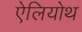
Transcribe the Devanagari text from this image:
ऐलियोथ